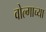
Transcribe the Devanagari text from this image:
वोल्गाच्या